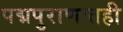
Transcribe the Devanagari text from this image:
पद्मपुराणातही